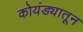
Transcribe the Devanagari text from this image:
कोयंड्यातून